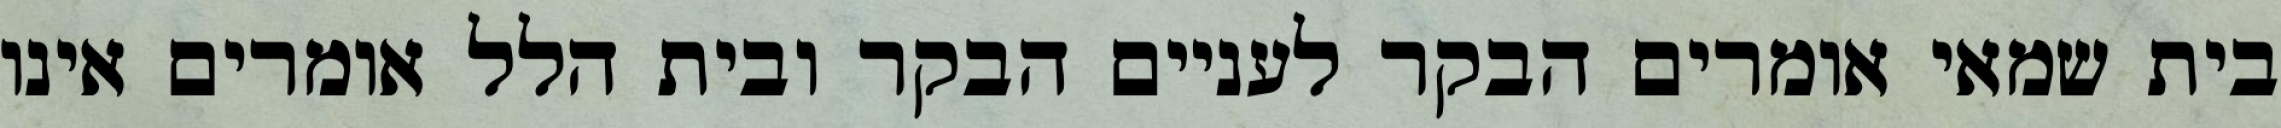
בית שמאי אומרים הבקר לעניים הבקר ובית הלל אומרים אינו